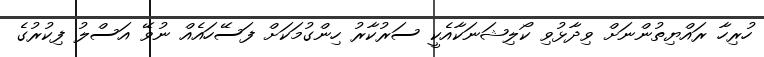
ހުރިހާ ރައްޔިތުންނަށް ވިދާޅުވި ކޯލިޝަނަކާއެކީ ސަރުކާރު ހިންގުމަކަށް ފަސޭހައެއް ނުވޭ އަސްލު ފިކުރުގެ